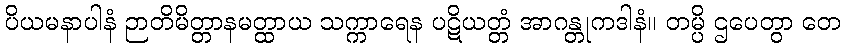
ပိယမနာပါနံ ဉာတိမိတ္တာနမတ္ထာယ သက္ကာရေန ပဋိယတ္တံ အာဂန္တုကဒါနံ။ တမ္ပိ ဌပေတွာ တေ